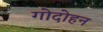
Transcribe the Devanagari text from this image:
गोदोहन